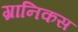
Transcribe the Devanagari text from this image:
ग्रानिकस